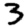
Digit: 3